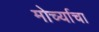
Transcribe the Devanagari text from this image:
मोर्च्याचा